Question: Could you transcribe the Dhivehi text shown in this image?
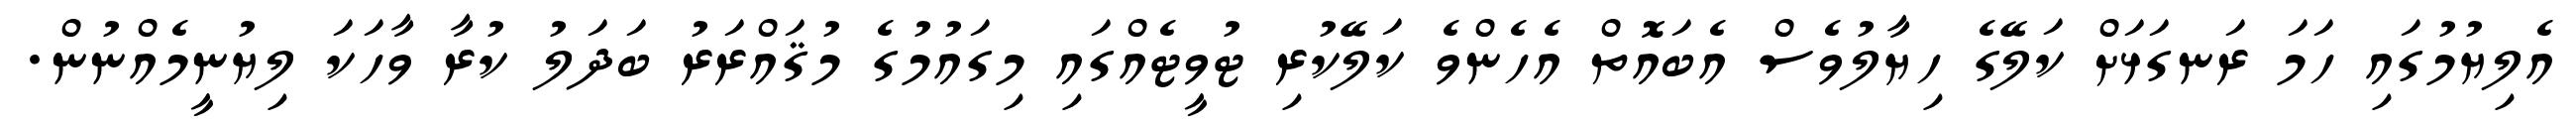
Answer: އެލިޔުމުގައި ހަމަ ރަނގަޅަށް ކަލޭގެ ހިޔާލުވެސް އެބައޮތް އެހެންވެ ކަލޭކުރި ޓުވީޓެއްގައި މިގައުމުގެ މުޤައްރަރު ބަދަލު ކުރާ ވާހަކަ ލިޔުނީމެއްނުން.